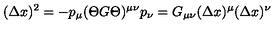
( \Delta x ) ^ { 2 } = - p _ { \mu } ( \Theta G \Theta ) ^ { \mu \nu } p _ { \nu } = G _ { \mu \nu } ( \Delta x ) ^ { \mu } ( \Delta x ) ^ { \nu }